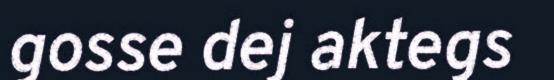
gosse dej aktegs